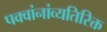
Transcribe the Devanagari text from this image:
पक्वांनांव्यतिरिक्त